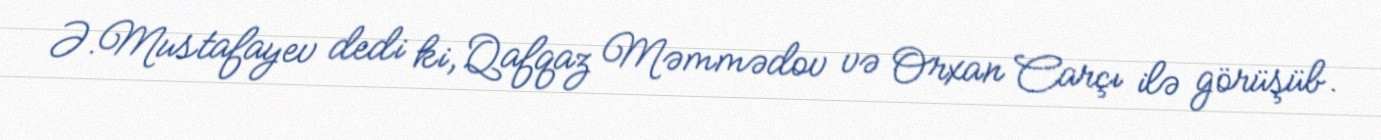
Ə.Mustafayev dedi ki, Qafqaz Məmmədov və Orxan Carçı ilə görüşüb.